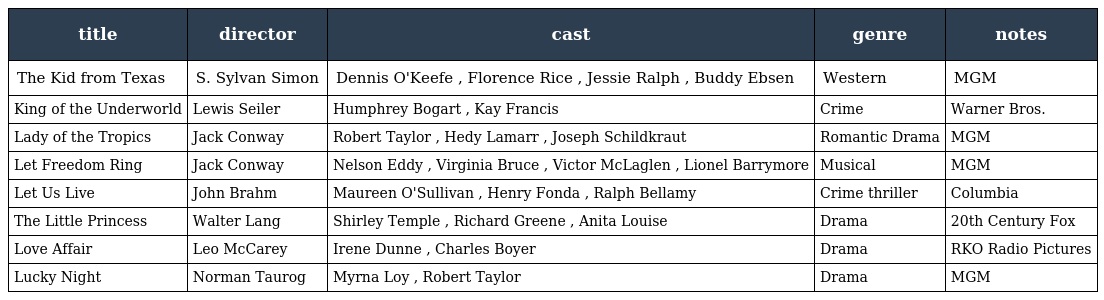
| title | director | cast | genre | notes |
 | --- | --- | --- | --- | --- |
 | The Kid from Texas | S. Sylvan Simon | Dennis O'Keefe , Florence Rice , Jessie Ralph , Buddy Ebsen | Western | MGM |
 | King of the Underworld | Lewis Seiler | Humphrey Bogart , Kay Francis | Crime | Warner Bros. |
 | Lady of the Tropics | Jack Conway | Robert Taylor , Hedy Lamarr , Joseph Schildkraut | Romantic Drama | MGM |
 | Let Freedom Ring | Jack Conway | Nelson Eddy , Virginia Bruce , Victor McLaglen , Lionel Barrymore | Musical | MGM |
 | Let Us Live | John Brahm | Maureen O'Sullivan , Henry Fonda , Ralph Bellamy | Crime thriller | Columbia |
 | The Little Princess | Walter Lang | Shirley Temple , Richard Greene , Anita Louise | Drama | 20th Century Fox |
 | Love Affair | Leo McCarey | Irene Dunne , Charles Boyer | Drama | RKO Radio Pictures |
 | Lucky Night | Norman Taurog | Myrna Loy , Robert Taylor | Drama | MGM |